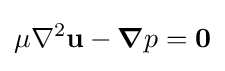
{\begin{aligned}\mu \nabla ^{2}\mathbf {u} -{\boldsymbol {\nabla }}p&={\boldsymbol {0}}\\\end{aligned}}